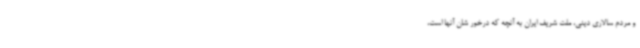
و مردم سالاری دینی، ملت شریف ایران به آنچه که درخور شان آنها است،